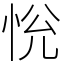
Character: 恱